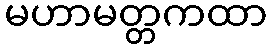
မဟာမတ္တကထာ